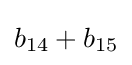
b_{14}+b_{15}